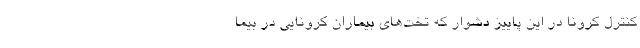
کنترل کرونا در این پاییز دشوار که تخت‌های بیماران کرونایی در بیما